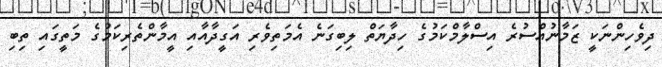
ދިވެހިންނަކީ ޒަމާނުއްސުރެ އިސްލާމްކަމުގެ ހިދާޔަތް ލިބިގަނެ އެމަތިވެރި އަގީދާއާއި އީމާންތެރިކަމުގެ މަތީގައި ތިބި